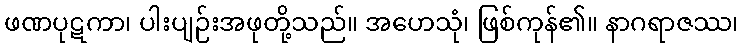
ဖဏပုဋကာ၊ ပါးပျဉ်းအဖုတို့သည်။ အဟေသုံ၊ ဖြစ်ကုန်၏။ နာဂရာဇဿ၊